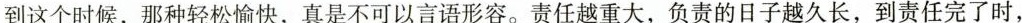
到这个时候，那种轻松愉快，真是不可以言语形容。责任越重大，负责的日子越久长，到责任完了时，